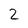
Character: 2